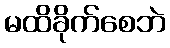
မထိခိုက်စေဘဲ